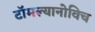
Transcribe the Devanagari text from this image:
टॉमल्यानोविच